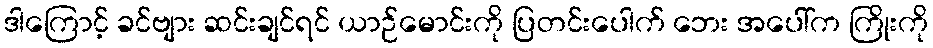
ဒါကြောင့် ခင်ဗျား ဆင်းချင်ရင် ယာဉ်မောင်းကို ပြတင်းပေါက် ဘေး အပေါ်က ကြိုးကို